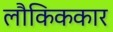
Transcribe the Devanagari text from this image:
लौकिककार